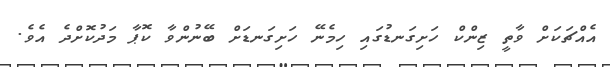
އެއްޗަކަށް ވާތީ ޒިންކް ހަށިގަނޑުގައި ހިމެނޭ ހަށިގަނޑަށް ބޭނުންވާ ކޮޕާ މަދުކޮށްދެ އެވެ.